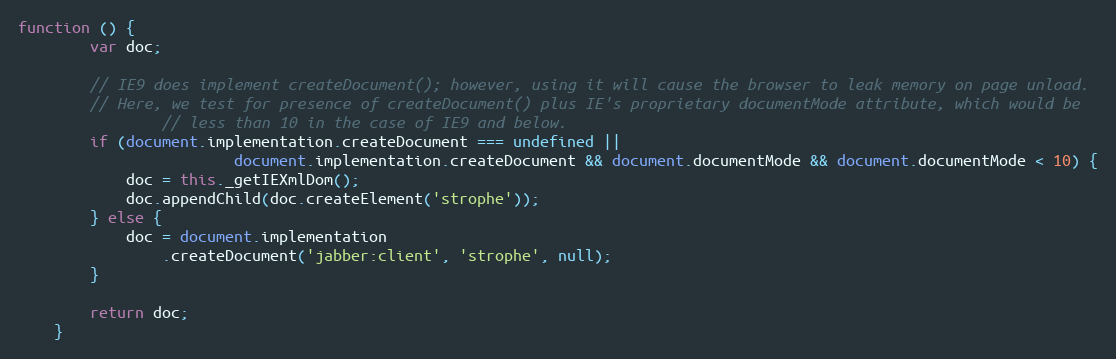
Language: JavaScript
function () {
        var doc;

        // IE9 does implement createDocument(); however, using it will cause the browser to leak memory on page unload.
        // Here, we test for presence of createDocument() plus IE's proprietary documentMode attribute, which would be
                // less than 10 in the case of IE9 and below.
        if (document.implementation.createDocument === undefined ||
                        document.implementation.createDocument && document.documentMode && document.documentMode < 10) {
            doc = this._getIEXmlDom();
            doc.appendChild(doc.createElement('strophe'));
        } else {
            doc = document.implementation
                .createDocument('jabber:client', 'strophe', null);
        }

        return doc;
    }